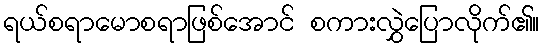
ရယ်စရာမောစရာဖြစ်အောင် စကားလွှဲပြောလိုက်၏။